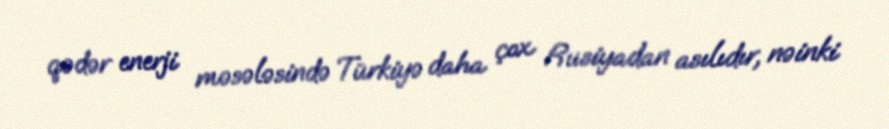
qədər enerji məsələsində Türkiyə daha çox Rusiyadan asılıdır, nəinki